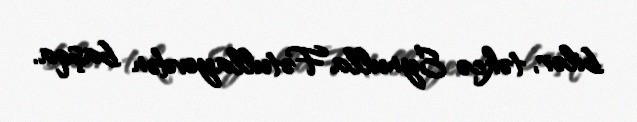
bilər, təkcə Eynulla Fətullayevdən başqa.